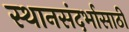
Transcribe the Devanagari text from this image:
स्थानसंदर्भासाठी